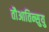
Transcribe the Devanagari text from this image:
तौआतिन्सुयु